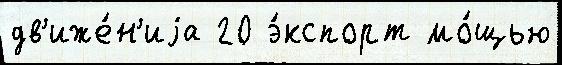
дв'иже́н'иjа 20 э́кспорт мо́щью